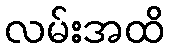
လမ်းအထိ